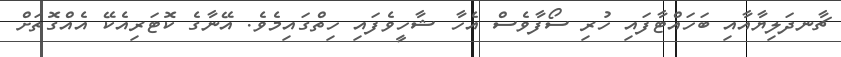
ޗާނދަލިޔާއާއި ބަހައްޓާފައި ހުރި ސޯފާވެސް އެހާ ޝާހީވެފައި ހިތްގައިމެވެ. އޭނާގެ ކޮޓަރިއެކޭ އެއްގޮތަށް